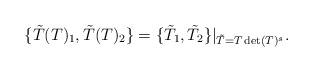
LaTeX: \begin{align*}\{\tilde{T}(T)_1 ,\tilde{T}(T)_2 \}=\{\tilde{T}_1 ,\tilde{T}_2 \}|_{\tilde{T}=T\det (T)^s}.\end{align*}